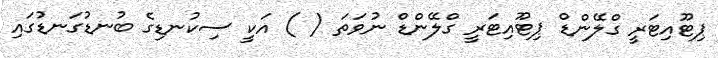
ޕިޓޫއިޓަރީ ގްލޭންޑް ޕިޓޫއިޓަރީ ގްލޭންޑް ނުވަތަ ( ) އަކީ ސިކުނޑިގެ ބުނޑުގަނޑުގައި